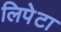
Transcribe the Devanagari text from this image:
लिपेटा